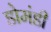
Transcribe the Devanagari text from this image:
डोमंडी